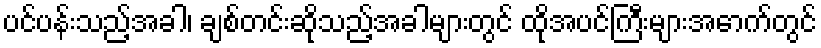
ပင်ပန်းသည့်အခါ၊ ချစ်တင်းဆိုသည့်အခါများတွင် ထိုအပင်ကြီးများအောက်တွင်